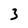
Character: 3